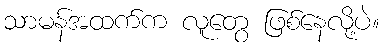
သာမန်အထက်က လူတွေ ဖြစ်နေလို့ပဲ။